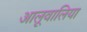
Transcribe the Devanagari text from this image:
आलूवालिया